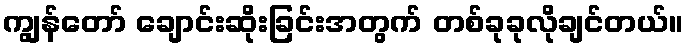
ကျွန်တော် ချောင်းဆိုးခြင်းအတွက် တစ်ခုခုလိုချင်တယ်။